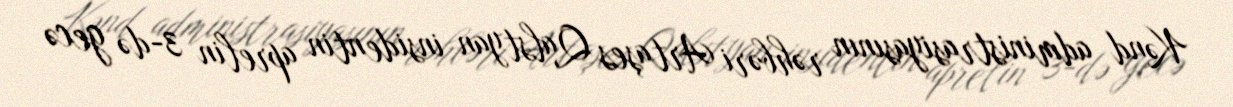
Kənd administrasiyasının rəhbəri Artaşes Qalstyan insidentin aprelin 3-də gecə